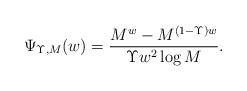
LaTeX: \begin{align*} \Psi_{\Upsilon,M}(w) = \frac{M^{w}-M^{(1-\Upsilon)w}}{\Upsilon w^2 \log M}.\end{align*}